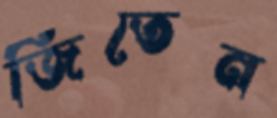
জিতেন